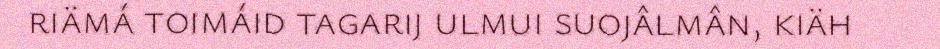
riämá toimáid tagarij ulmui suojâlmân, kiäh